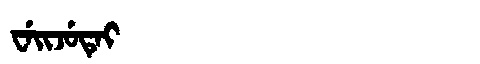
Manchu: ᠸᡝᡳᠵᡠᡨᡝᡳ
Romanization: WEIJUTEI